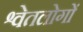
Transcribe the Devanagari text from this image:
श्वेतलोगों